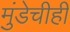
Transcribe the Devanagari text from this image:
मुंडेचीही